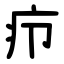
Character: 疖